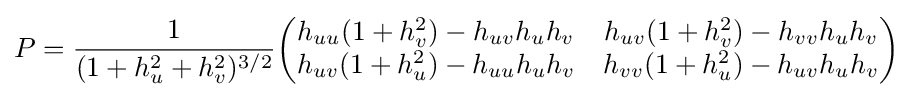
P={\frac {1}{(1+h_{u}^{2}+h_{v}^{2})^{3/2}}}{\begin{pmatrix}h_{uu}(1+h_{v}^{2})-h_{uv}h_{u}h_{v}&h_{uv}(1+h_{v}^{2})-h_{vv}h_{u}h_{v}\\h_{uv}(1+h_{u}^{2})-h_{uu}h_{u}h_{v}&h_{vv}(1+h_{u}^{2})-h_{uv}h_{u}h_{v}\end{pmatrix}}